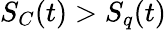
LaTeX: S_{C}(t)>S_{q}(t)